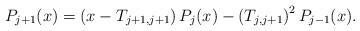
LaTeX: \begin{align*}P_{j+1}(x)=\left(x-T_{j+1,j+1}\right)P_{j}(x)-\left(T_{j,j+1}\right)^{2}P_{j-1}(x).\end{align*}